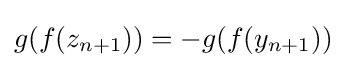
g(f(z_{n+1}))=-g(f(y_{n+1}))